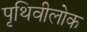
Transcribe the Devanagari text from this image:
पृथिवीलोक